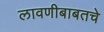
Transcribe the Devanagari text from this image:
लावणीबाबतचे